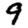
Digit: 9